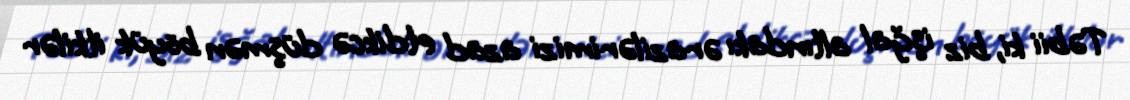
Təbii ki, biz işğal altındakı ərazilərimizi azad etdikcə düşmən böyük itkilər